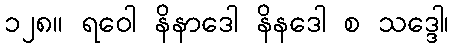
၁၂၈။ ရဝေါ နိနာဒေါ နိနဒေါ စ သဒ္ဒေါ၊